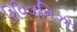
રિવિઝનિઝમ